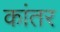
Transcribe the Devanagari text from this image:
कांतर